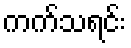
ကက်သရင်း